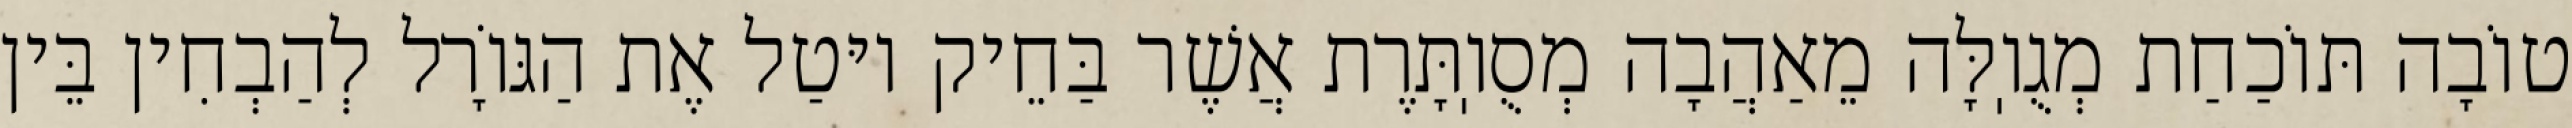
טוֹבָה תּוֹכַחַת מְגֻוֽלָּה מֵאַהֲבָה מְסֻוֽתָּרֶת אֲשֶׁר בַּחֵיק יוּטַל אֶת הַגּוֹרָל לְהַבְחִין בֵּין